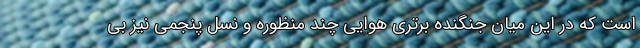
است که در این میان جنگنده برتری هوایی چند منظوره و نسل پنجمی نیز بی